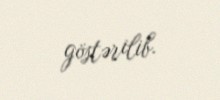
göstərilib.